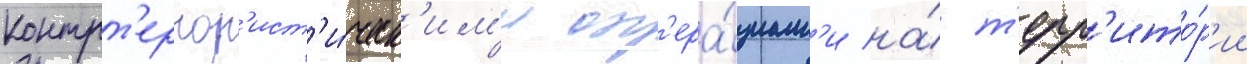
контрт'еррор'ист'и́ческ'им'и оп'ера́циам'и на́ т'ерр'ито́р'ии